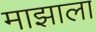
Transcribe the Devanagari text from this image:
माझाला